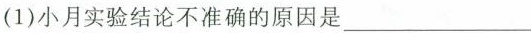
(1)小月实验结论不准确的原因是___